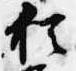
猶